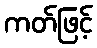
ကတ်ဖြင့်